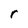
Character: r